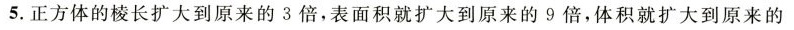
5.正方体的棱长扩大到原来的3倍，表面积就扩大到原来的9倍，体积就扩大到原来的